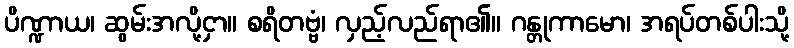
ပိဏ္ဍာယ၊ ဆွမ်းအလို့ငှာ။ စရိတဗ္ဗံ၊ လှည့်လည်ရာ၏။ ဂန္တုကာမော၊ အရပ်တစ်ပါးသို့